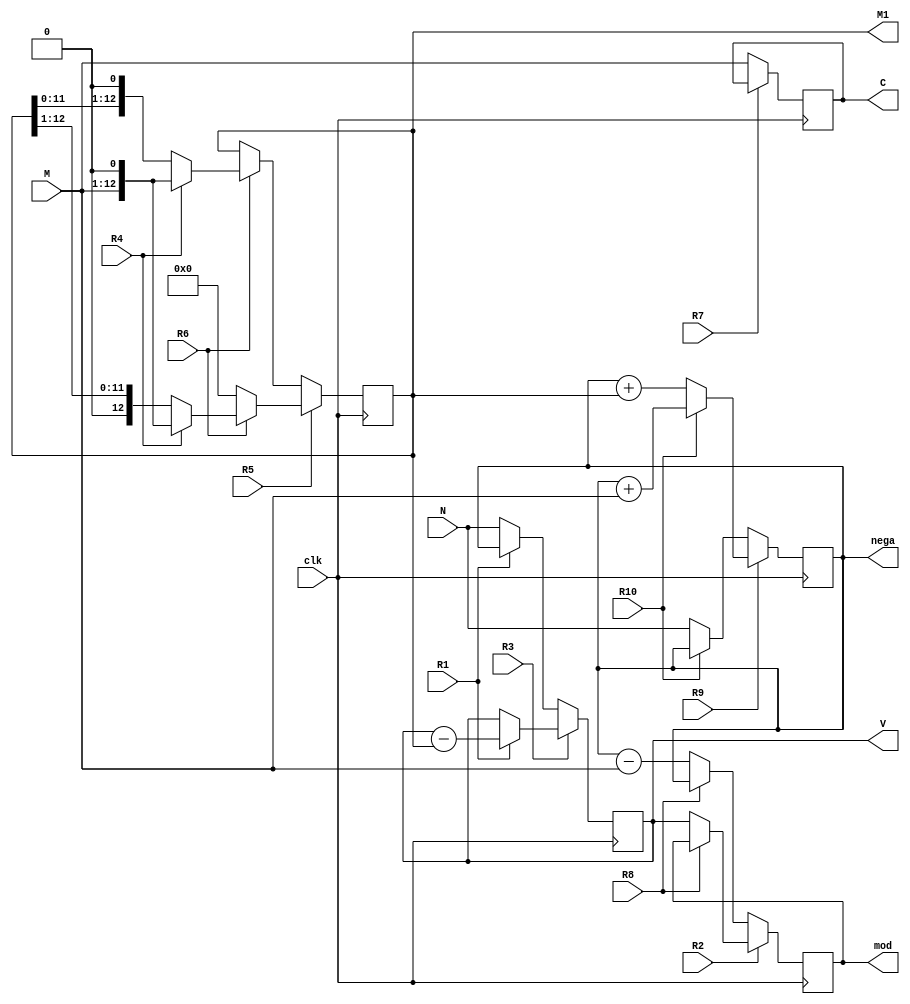
`timescale 1ns / 1ps
//////////////////////////////////////////////////////////////////////////////////
// Company: 
// Engineer: 
// 
// Design Name: 
// Module Name: Modulo_DP
// Project Name: 
// Target Devices: 
// Tool Versions: 
// Description: 
// 
// Dependencies: 
// 
// Revision:
// Revision 0.01 - File Created
// Additional Comments:
// 
//////////////////////////////////////////////////////////////////////////////////


module Modulo_DP(
    input clk,
    input signed[12:0]N,
    input [11:0]M,
    output reg [12:0]mod,
    output reg [12:0]V,
    output reg signed [12:0]nega,
    output reg [11:0]C,
    output reg [12:0]M1,
    input R1, R2,R3, R4, R5, R6,R7, R8,R9, R10   
    );
    
    wire [12:0] nextmod;
    wire [12:0] nextM1;
    wire [12:0] nextnega;
    wire [11:0] nextC;
    wire [12:0] nextV;
    
    // Registro M
    always @(posedge clk)
        V <= nextV;
    // Parte combinacional de M
    assign nextV = R3 ? (R1 ? V-M1: V )  : (R1 ? nega:N);
    
    // Registro A
    always @(posedge clk)
        C <= nextC;
    assign nextC = R7 ? C:M;
    
        
    //Registro M1    
    always @(posedge clk)
        M1 <= nextM1;
    // Parte combinacional de RQ
    assign nextM1 = R5 ? (R6 ? (R4 ? {M,1'd0}: {1'b0, M1[12:1]}) : 0):(R6 ? (R4 ? {M,1'd0}: {M1[11:0], 1'b0}) : M1);
    
    always @(posedge clk)
        nega <= nextnega;
    // Parte combinacional de RQ
    assign nextnega = R9 ? R10?(nega+M):(nega+M1):R10?nega:N;
    
    // Registro RP
    always @(posedge clk)
        mod <= nextmod;
    // Parte combinacional de RP
    assign nextmod = R2 ? (R8 ? mod: V) :(R8 ?nega:nega-M);
  

endmodule